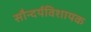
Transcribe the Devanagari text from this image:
सौन्दर्यविशायक